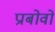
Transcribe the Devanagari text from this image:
प्राबोवो